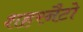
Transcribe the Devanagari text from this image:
शहरनैटो